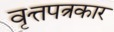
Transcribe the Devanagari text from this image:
वृत्तपत्रकार